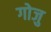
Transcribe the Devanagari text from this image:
गोजु